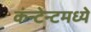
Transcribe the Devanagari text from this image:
कंन्टेन्टमध्ये